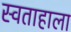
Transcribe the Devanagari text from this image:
स्वताहाला